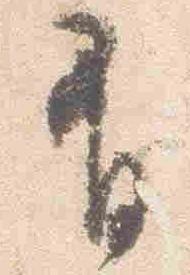
有